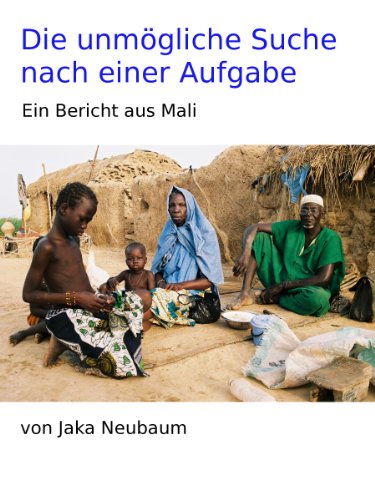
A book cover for Die unmÃ¶gliche Suche nach einer Aufgabe: Ein Bericht aus Mali (German Edition); Jaka Neubaum; Travel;